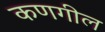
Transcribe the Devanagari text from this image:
कणगील